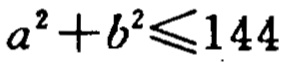
\(a^{2}+b^{2}\leqslant144\)